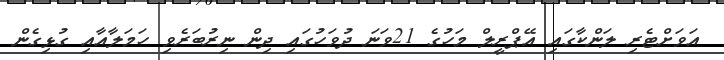
އަވަށްޓެރި ލަންކާގައި އޭޕްރީލް މަހުގެ 21ވަނަ ދުވަހުގައި ދިން ނިރުބަރެވި ހަމަލާއާއި ގުޅިގެން